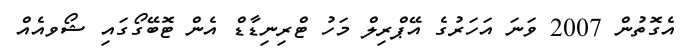
އެގޮތުން 2007 ވަނަ އަހަރުގެ އޭޕްރިލް މަހު ޓްރިނިޑާޑް އެން ޓޮބޭގޯގައި ޝޯވއެއް